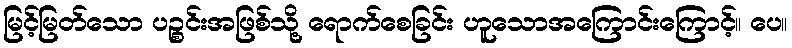
မြင့်မြတ်သော ပဉ္စင်းအဖြစ်သို့ ရောက်စေခြင်း ဟူသောအကြောင်းကြောင့်။ ပေ။